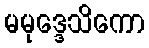
မမုဒ္ဒေသိကော